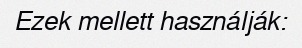
Ezek mellett használják: